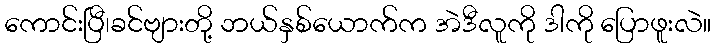
ကောင်းပြီ၊ခင်ဗျားတို့ ဘယ်နှစ်ယောက်က အဲဒီလူကို ဒါကို ပြောဖူးလဲ။